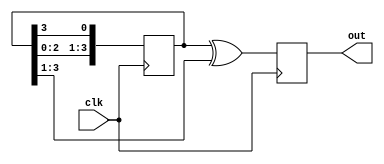
module JohnsonGrayCounter(
    input wire clk,
    output reg [3:0] out
);

reg [3:0] q;

always @(posedge clk) begin
    q <= {q[2:0], q[3]};
    out <= q ^ (q >> 1);
end

endmodule